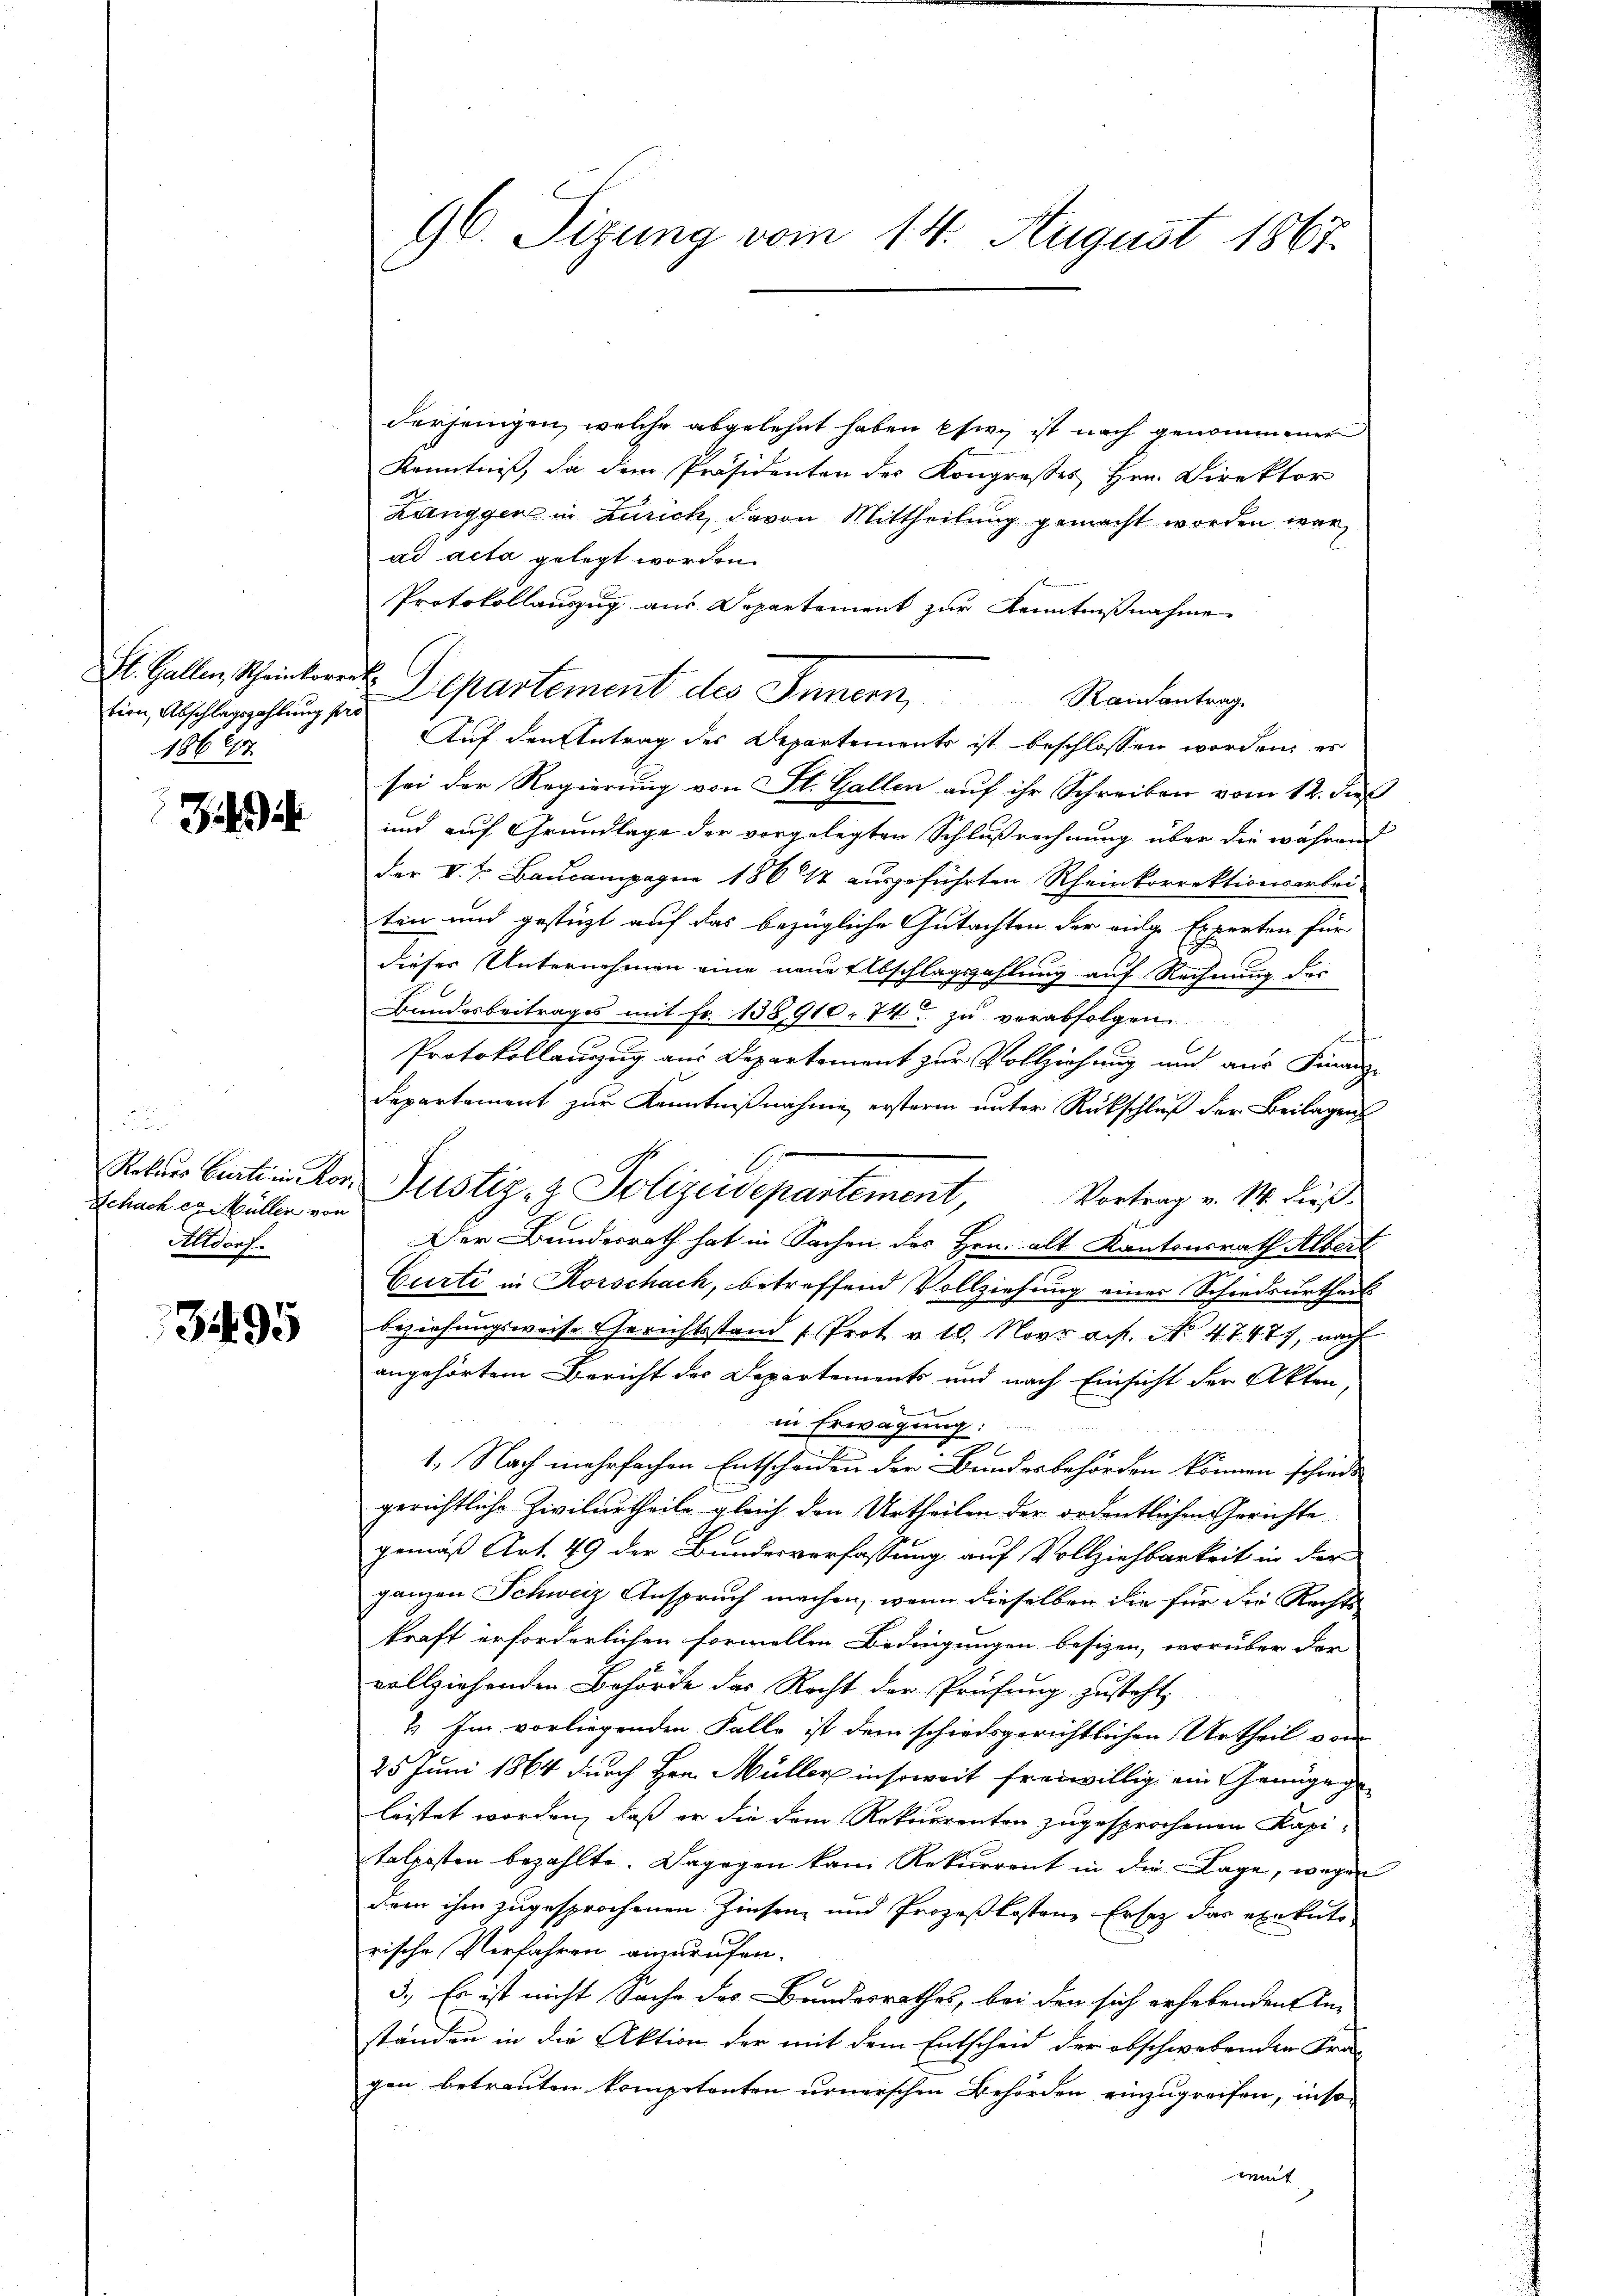
tion, Abschlagszahlung pro
1867

i

Schach er Müller von
Altdorf.

3495

96. Sizung vom 14. August 1867.

derjenigen, welche abgelehnt haben sie ist nach genommener
Kenntniß, da dem Präsidenten des Kongresses Hrn. Direktor
Langgen in Zürich, davon Mittheilung gemacht worden war,
ad acta gelegt worden.
Protokollauszug aus Departement zur Kenntnißnahme
El. Gallen, Scheintere Departement des Innern,
Rainantrag
Auf den Antrag des Departements ist beschlossen worden, es
sei der Regierung von St. Gallen auf ihr Schreiben vom 12. daß
und auf Grundlage der vorgelegten Schlußrechnung über die während
der V. P. Baucampagne 1864 ausgeführten Rheinkorrektionsarbei-
ten und gestüzt auf das bezügliche Gutachten der vide Experten für
dieser Unternehmen eine neue Elbschlagszahlung auf Rechnung des
Bundesbeitrages mit Fr. 138910, 74 zu verabfolgen.
¬
Protokollauszug aus Departement zur Vollziehung und aus Finanz-
departement zŭr Kenntniβnahme erstern ŭnter Rückschlŭβ der Beilagens
Er
Rekŭrs Caterstor Justiz- & Polizeidepartement, Vortrag v. M. dieß
Der Bundesrath hat in Sachen des Hrn. alt Kantonsrath Alber
Curti in Korschach, betreffend Vollziehung einer Schiedsurtheil
beziehungsweise Gerichtsstand (Prot v. 10. Novr a.h. No 4747), nach
angehörtem Bericht des Departements und nach Einsicht der Akten,
in Erwägung:
1. Nach mehrfachen Entscheiden der Bundesbehörden können schiede
gerichtliche Zivilurtheile gleich den Urtheilen der ordentlichen Gerichte
gemäß Art. 49 der Bundesverfassung auf Vollziehbarkeit in der
ganzen Schweiz Anspruch machen, wenn dieselben die für die Rechts
kraft erforderlichen formellen Bedingungen besizen, worüber der
vollziehenden Behörde das Recht der Prüfung zusteht,
2. Im vorliegenden Falle ist dem schiedsgerichtlichen Urtheil von
25 Juni 1864 durch Hrn. Müller insoweit freiwillig, ein Genügen
leistet worden, daß er die dem Rekurrenten zugesprochenen Kapitolposten bezahlte. Dagegen kam Rekurrent in die Lage, wegen
dem ihm zugesprochenen Zinsen und Prozeßkosten Ersetz das exekuto-
rische Verfahren anzurufen.
3.) Es ist nicht Sache des Bundesrathes, bei den sich erhabenden An-
ständen in die Aktion der mit dem Entscheid der obschwebenden Fra-
gen betrauten kompetenten urnerschen Behörden einzugreifen, insot